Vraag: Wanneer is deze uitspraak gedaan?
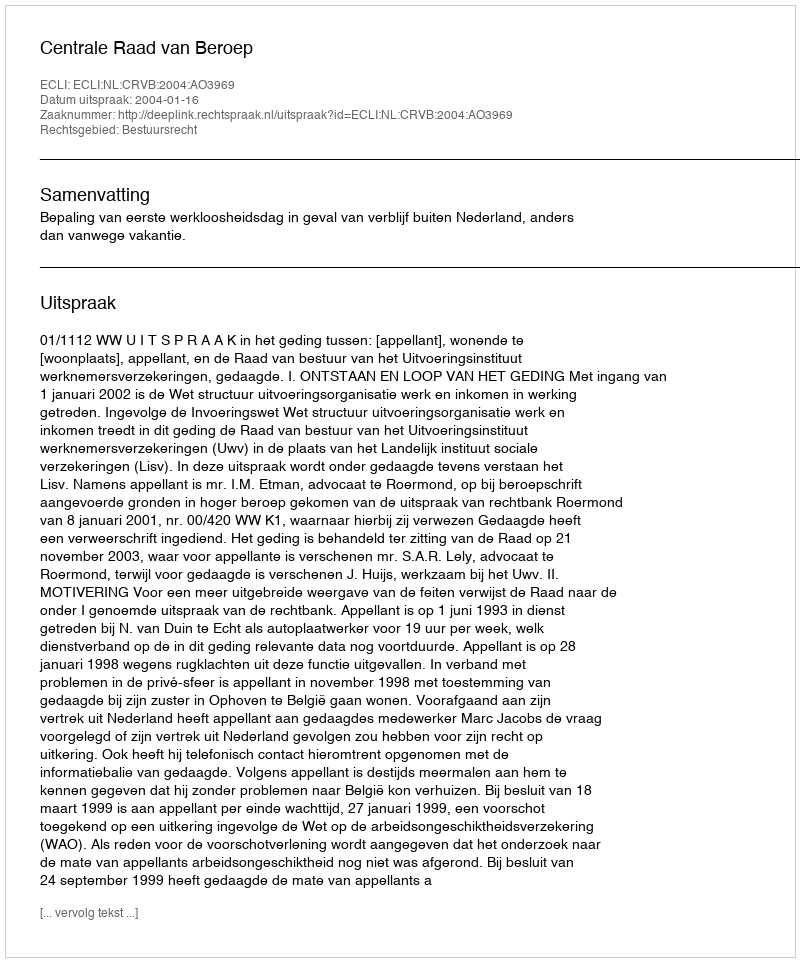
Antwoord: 2004-01-16